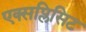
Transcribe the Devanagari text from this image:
एक्सप्लिसिट